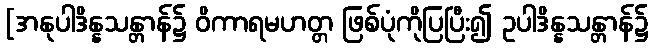
[အနုပါဒိန္နသန္တာန်၌ ဝိကာရမဟတ္တ ဖြစ်ပုံကိုပြပြီး၍ ဥပါဒိန္နသန္တာန်၌